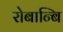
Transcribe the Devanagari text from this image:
रोबान्बि